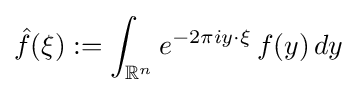
{\hat {f}}(\xi ):=\int _{\mathbb {R} ^{n}}e^{-2\pi iy\cdot \xi }\,f(y)\,dy